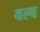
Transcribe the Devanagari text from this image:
बल्‍ब